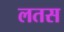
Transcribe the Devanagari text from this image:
लतस